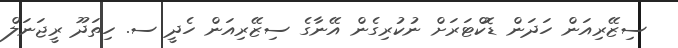
ސިޒޭރިއަން ހަދަން ޑޮކްޓަރަށް ނުކުރިގެން އޭނާގެ ސިޒޭރިއަން ހެދީ ސ. ހިތަދޫ ރީޖަނަލް